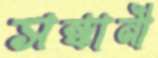
সন্ধানী